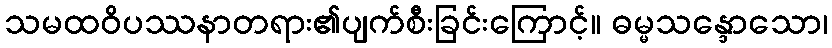
သမထဝိပဿနာတရား၏ပျက်စီးခြင်းကြောင့်။ ဓမ္မသန္ဒောသော၊